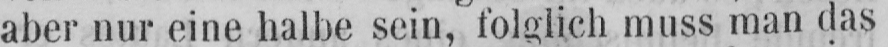
aber nur eine halbe sein, folglich muss man das